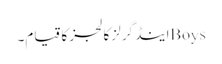
Boysاینڈ گرلز کالجز کا قیام۔